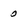
Character: 0